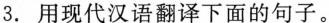
3.用现代汉语翻译下面的句子。